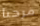
مرحبا